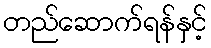
တည်ဆောက်ရန်နှင့်